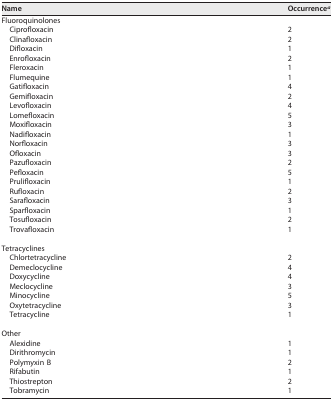
<table><thead><tr><td><b>Name</b></td><td><b>Occurrence<sup>a</sup></b></td></tr></thead><tbody><tr><td>Fluoroquinolones</td><td></td></tr><tr><td>Ciprofloxacin</td><td>2</td></tr><tr><td>Clinafloxacin</td><td>2</td></tr><tr><td>Difloxacin</td><td>1</td></tr><tr><td>Enrofloxacin</td><td>2</td></tr><tr><td>Fleroxacin</td><td>1</td></tr><tr><td>Flumequine</td><td>1</td></tr><tr><td>Gatifloxacin</td><td>4</td></tr><tr><td>Gemifloxacin</td><td>2</td></tr><tr><td>Levofloxacin</td><td>4</td></tr><tr><td>Lomefloxacin</td><td>5</td></tr><tr><td>Moxifloxacin</td><td>3</td></tr><tr><td>Nadifloxacin</td><td>1</td></tr><tr><td>Norfloxacin</td><td>3</td></tr><tr><td>Ofloxacin</td><td>3</td></tr><tr><td>Pazufloxacin</td><td>2</td></tr><tr><td>Pefloxacin</td><td>5</td></tr><tr><td>Prulifloxacin</td><td>1</td></tr><tr><td>Rufloxacin</td><td>2</td></tr><tr><td>Sarafloxacin</td><td>3</td></tr><tr><td>Sparfloxacin</td><td>1</td></tr><tr><td>Tosufloxacin</td><td>2</td></tr><tr><td>Trovafloxacin</td><td>1</td></tr><tr><td>Tetracyclines</td><td></td></tr><tr><td>Chlortetracycline</td><td>2</td></tr><tr><td>Demeclocycline</td><td>4</td></tr><tr><td>Doxycycline</td><td>4</td></tr><tr><td>Meclocycline</td><td>3</td></tr><tr><td>Minocycline</td><td>5</td></tr><tr><td>Oxytetracycline</td><td>3</td></tr><tr><td>Tetracycline</td><td>1</td></tr><tr><td>Other</td><td></td></tr><tr><td>Alexidine</td><td>1</td></tr><tr><td>Dirithromycin</td><td>1</td></tr><tr><td>Polymyxin B</td><td>2</td></tr><tr><td>Rifabutin</td><td>1</td></tr><tr><td>Thiostrepton</td><td>2</td></tr><tr><td>Tobramycin</td><td>1</td></tr></tbody></table>